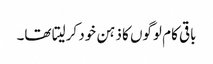
باقی کام لوگوں کا ذہن خود کرلیتا تھا۔